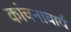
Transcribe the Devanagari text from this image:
कांचनाचार्य